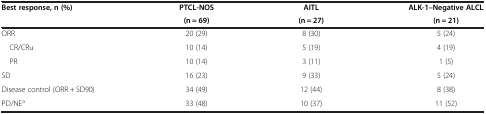
<table><thead><tr><td><b>Best response, n (%)</b></td><td><b>PTCL-NOS</b></td><td><b>AITL</b></td><td><b>ALK-1–Negative ALCL</b></td></tr><tr><td><b> </b></td><td><b>(n = 69)</b></td><td><b>(n = 27)</b></td><td><b>(n = 21)</b></td></tr></thead><tbody><tr><td>ORR</td><td>20 (29)</td><td>8 (30)</td><td>5 (24)</td></tr><tr><td> CR/CRu</td><td>10 (14)</td><td>5 (19)</td><td>4 (19)</td></tr><tr><td> PR</td><td>10 (14)</td><td>3 (11)</td><td>1 (5)</td></tr><tr><td>SD</td><td>16 (23)</td><td>9 (33)</td><td>5 (24)</td></tr><tr><td>Disease control (ORR + SD90)</td><td>34 (49)</td><td>12 (44)</td><td>8 (38)</td></tr><tr><td>PD/NE<sup>a</sup></td><td>33 (48)</td><td>10 (37)</td><td>11 (52)</td></tr></tbody></table>